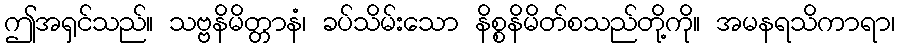
ဤအရှင်သည်။ သဗ္ဗနိမိတ္တာနံ၊ ခပ်သိမ်းသော နိစ္စနိမိတ်စသည်တို့ကို။ အမနရသိကာရာ၊